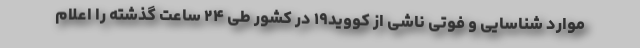
موارد شناسایی و فوتی ناشی از کووید۱۹ در کشور طی ۲۴ ساعت گذشته را اعلام